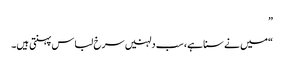
”
“میں نے سنا ہے، سب دلہنیں سرخ لباس پہنتی ہیں۔